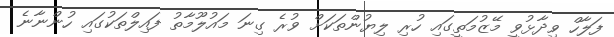
ފަލާހް ވިދާޅުވީ މޭޒުމަތީގައި ހުރި ލިޔުންތަކަށް ވުރެ ގިނަ މައުލޫމާތު ފައިލްތަކުގައި ހުންނާނެ